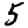
Digit: 5